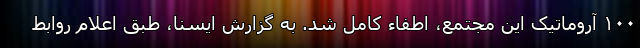
۱۰۰ آروماتیک این مجتمع، اطفاء کامل شد. به گزارش ایسنا، طبق اعلام روابط